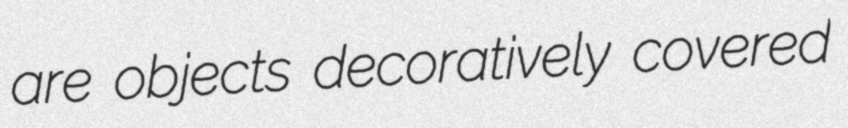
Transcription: are objects decoratively covered